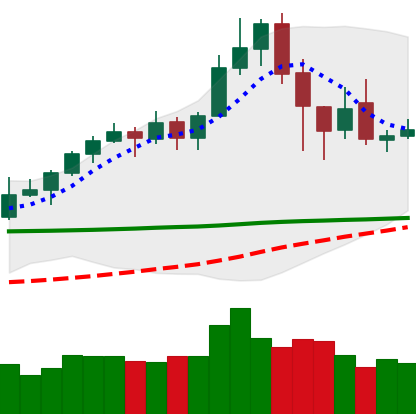
Ticker: XLM-USD
Chart end date: 2020-02-21
Forward return: -17.581%
Label: down_7plus